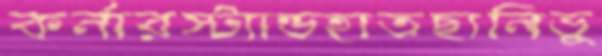
কর্নারস্ট্যান্ডহাতছানিভু